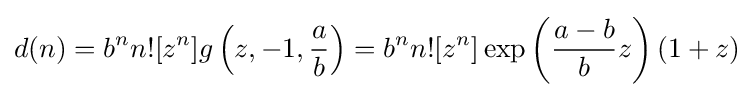
d(n)=b^{n}n![z^{n}]g\left(z,-1,{\frac {a}{b}}\right)=b^{n}n![z^{n}]\exp \left({\frac {a-b}{b}}z\right)(1+z)